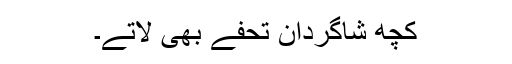
کچھ شاگردان تحفے بھی لاتے۔